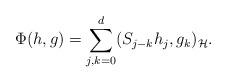
LaTeX: \begin{align*}\Phi(h,g) = \sum_{j,k=0}^d ( S_{j-k} h_j, g_k )_{\mathcal{H}}. \end{align*}